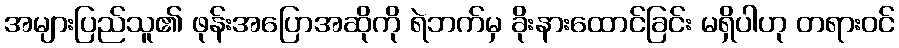
အများပြည်သူ၏ ဖုန်းအပြောအဆိုကို ရဲဘက်မှ ခိုးနားထောင်ခြင်း မရှိပါဟု တရားဝင်